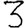
Digit: 3